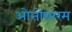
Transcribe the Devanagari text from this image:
ओत्तोथारम